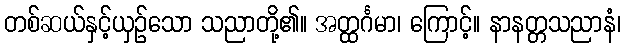
တစ်ဆယ်နှင့်ယှဉ်သော သညာတို့၏။ အတ္ထင်္ဂမာ၊ ကြောင့်။ နာနတ္တသညာနံ၊